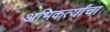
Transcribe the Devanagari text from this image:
अभिकर्त्यांचा